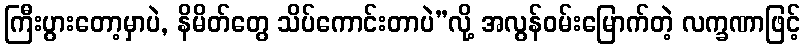
ကြီးပွားတော့မှာပဲ, နိမိတ်တွေ သိပ်ကောင်းတာပဲ”လို့ အလွန်ဝမ်းမြောက်တဲ့ လက္ခဏာဖြင့်